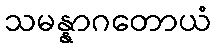
သမန္နာဂတောယံ